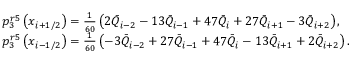
\begin{array} { r l } & { p _ { 3 } ^ { r 5 } \left( { { x } _ { i + 1 / 2 } } \right) = \frac { 1 } { 6 0 } \left( 2 { { { \bar { Q } } } _ { i - 2 } } - 1 3 { { { \bar { Q } } } _ { i - 1 } } + 4 7 { { { \bar { Q } } } _ { i } } + 2 7 { { { \bar { Q } } } _ { i + 1 } } - 3 { { { \bar { Q } } } _ { i + 2 } } \right) , } \\ & { p _ { 3 } ^ { r 5 } \left( { { x } _ { i - 1 / 2 } } \right) = \frac { 1 } { 6 0 } \left( - 3 { { { \bar { Q } } } _ { i - 2 } } + 2 7 { { { \bar { Q } } } _ { i - 1 } } + 4 7 { { { \bar { Q } } } _ { i } } - 1 3 { { { \bar { Q } } } _ { i + 1 } } + 2 { { { \bar { Q } } } _ { i + 2 } } \right) . } \end{array}